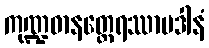
ကုဏ္ဍဓာနတ္ထေရဿာပဒါနံ